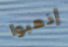
إذهبوا